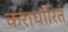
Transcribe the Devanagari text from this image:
कराधारित